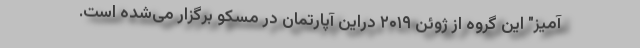
آمیز" این گروه از ژوئن ۲۰۱۹ دراین آپارتمان در مسکو برگزار می‌شده است.